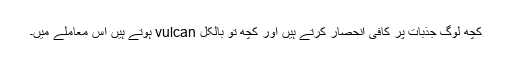
کچھ لوگ جذبات پر کافی انحصار کرتے ہیں اور کچھ تو بالکل vulcan ہوتے ہیں اس معاملے میں۔